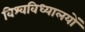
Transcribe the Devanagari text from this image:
विश्वविध्यालयों